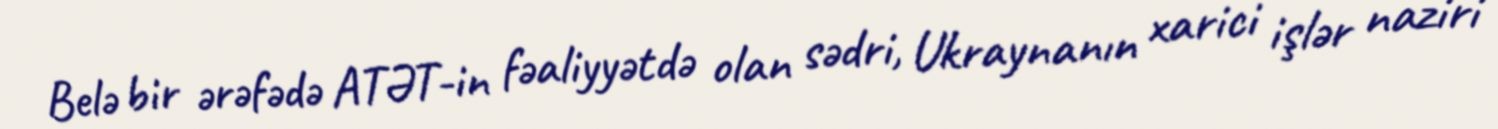
Belə bir ərəfədə ATƏT-in fəaliyyətdə olan sədri, Ukraynanın xarici işlər naziri